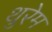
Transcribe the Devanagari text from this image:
थुरेम